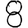
Digit: 8